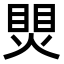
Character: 煛